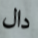
دال